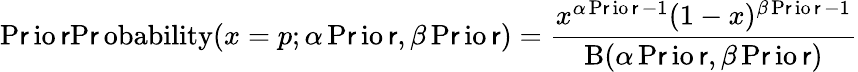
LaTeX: {\operatorname{P\mathsf{r}io\mathsf{r}P\mathsf{r}obability}}(x=p;\alpha\operatorname{P\mathsf{r}io\mathsf{r}},\beta\operatorname{P\mathsf{r}io\mathsf{r}})={\frac{{x^{\alpha\operatorname{P\mathsf{r}io\mathsf{r}}-1}(1-x)^{\beta\operatorname{P\mathsf{r}io\mathsf{r}}-1}}}{{\mathrm{{B}}(\alpha\operatorname{P\mathsf{r}io\mathsf{r}},\beta\operatorname{P\mathsf{r}io\mathsf{r}})}}}